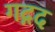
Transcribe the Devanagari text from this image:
गद्गद